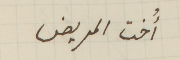
أُخت المريض